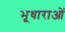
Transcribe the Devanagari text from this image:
भूधाराओं